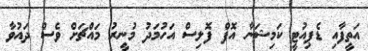
އަތީފާއި ޑެޕިއުޓީ ކަމިޝަނާ އޮފް ފޮލިސް އަހުމަދު މުނީރު މައްޗަށް ވެސް ދަައުވާ